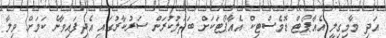
އަދި މާމިގިލީ އެއާޕޯޓް ޑޮމެސްޓިކް އެއާޕޯޓަކަށް ބަދަލުކުރަން ސަރުކާރުގައި އެދިފައިވާނެ ކަމަށް ވިލާ